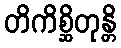
တိကိစ္ဆိတုန္တိ